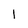
Character: 1